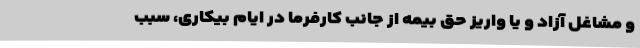
و مشاغل آزاد و یا واریز حق بیمه از جانب کارفرما در ایام بیکاری، سبب